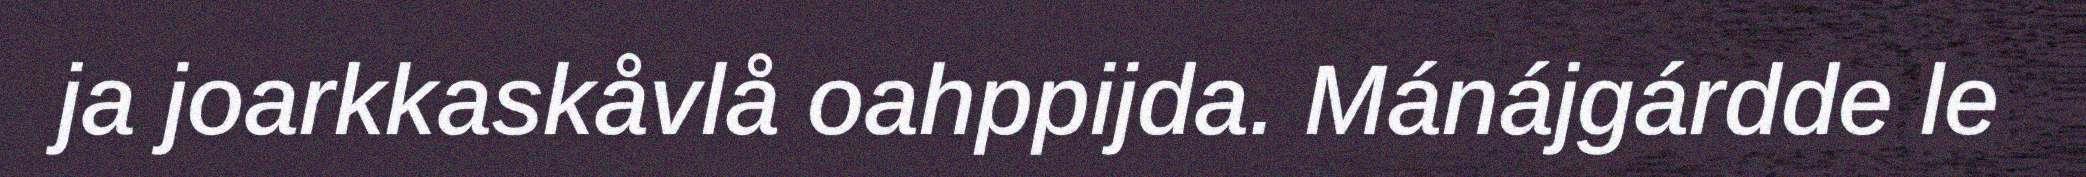
ja joarkkaskåvlå oahppijda. Mánájgárdde le